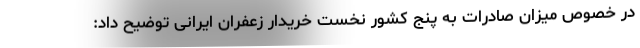
در خصوص میزان صادرات به پنج کشور نخست خریدار زعفران ایرانی توضیح داد: